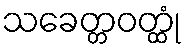
သခေတ္တဝတ္ထုံ